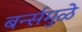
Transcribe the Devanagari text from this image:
बर्न्समुळे